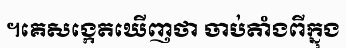
។គេសង្កេតឃើញថា ចាប់តាំងពីក្នុង